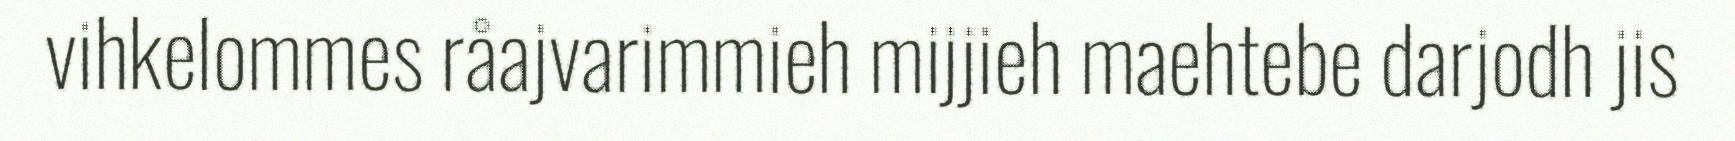
vihkelommes råajvarimmieh mijjieh maehtebe darjodh jis